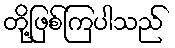
တို့ဖြစ်ကြပါသည်